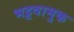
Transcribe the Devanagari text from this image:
भट्टवामुक